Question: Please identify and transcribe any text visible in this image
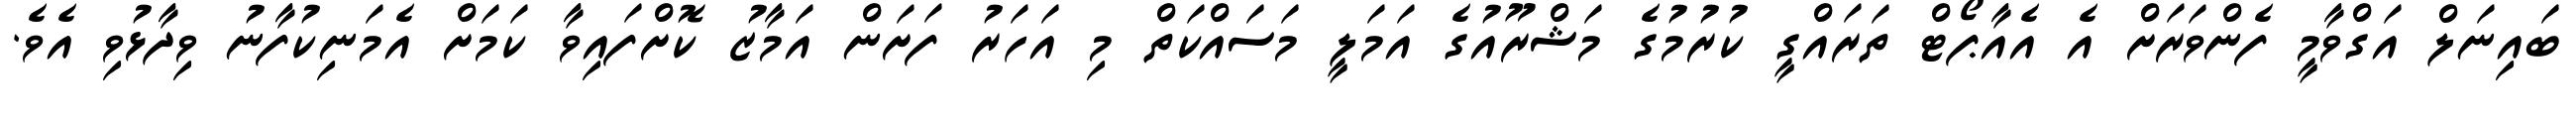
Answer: ބައިނަލް އަގްވާމީ ފެންވަރަށް އެ އެއާޕޯޓް ތަރައްގީ ކުރުމުގެ މަޝްރޫއުގެ އަމަލީ މަސައްކަތް މި އަހަރު ފަށަން އަމާޒު ކޮށްފައިވާ ކަމަށް އެމަނިކުފާނު ވިދާޅުވި އެވެ.